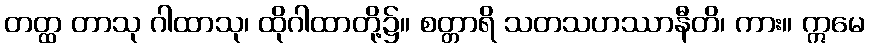
တတ္ထ တာသု ဂါထာသု၊ ထိုဂါထာတို့၌။ စတ္တာရိ သတသဟဿာနီတိ၊ ကား။ ဣမေ